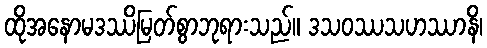
ထိုအနောမဒဿိမြတ်စွာဘုရားသည်။ ဒသဝဿသဟဿာနိ၊